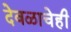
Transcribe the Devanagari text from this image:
देवळाचेही